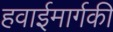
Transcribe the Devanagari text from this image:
हवाईमार्गकी